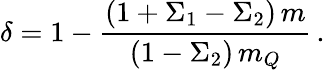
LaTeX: \delta=1-{\frac{(1+\Sigma_{1}-\Sigma_{2})\, m}{(1-\Sigma_{2})\, m_{Q}}}\, .